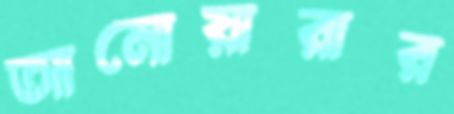
আনোয়ারার